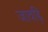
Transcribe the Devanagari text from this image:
जावड़ि